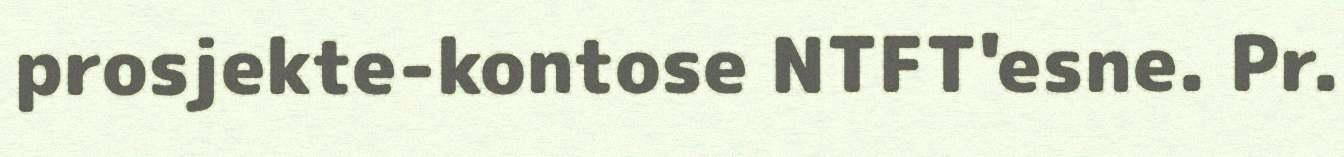
prosjekte-kontose NTFT'esne. Pr.